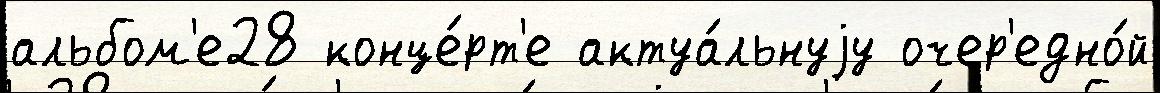
альбом'е28 конце́рт'е актуа́льнуjу очер'едно́й